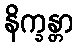
နိက္ခန္တာ